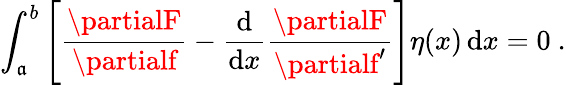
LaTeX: \int_{\mathfrak{a}}^{b}\left[{\frac{{\partialF}}{{\partialf}}}-{\frac{{\mathrm{{d}}}}{{\mathrm{{d}}x}}}{\frac{{\partialF}}{{\partialf^{\prime}}}}\right]\eta(x)\, \mathrm{{d}}x=0\ .